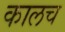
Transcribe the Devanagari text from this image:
कालच